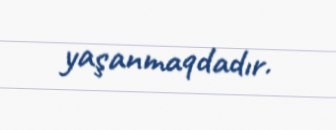
yaşanmaqdadır.